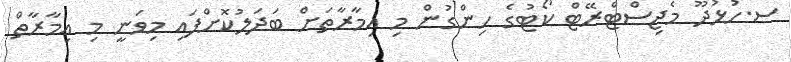
ސ.ހުޅުދޫ މެޖިސްޓްރޭޓް ކޯޓުގެ ހިންގުން މި އިމާރާތަށް ބަދަލުކޮށްފައި މިވަނީ މި އިމާރާތް